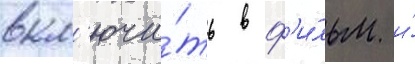
вкл'ючи́ть в ф'и́льм и́